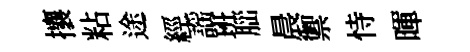
攘粘途經謡班𦛁晨禦恃暉